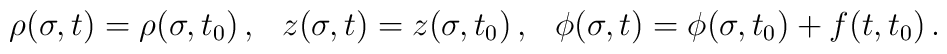
\rho(\sigma, t)=\rho(\sigma, t_0)\, ,\hspace{.3cm}z(\sigma, t)=z(\sigma, t_0)\,,\hspace{.3cm}\phi(\sigma, t)=\phi(\sigma, t_0)+f(t,t_0) \, .